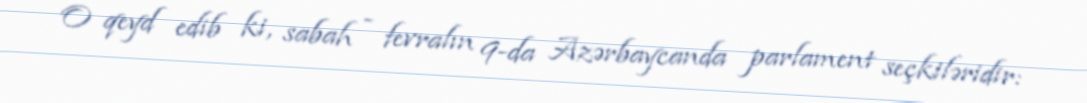
O qeyd edib ki, sabah - fevralın 9-da Azərbaycanda parlament seçkiləridir: